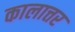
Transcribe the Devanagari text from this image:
कालात्तर